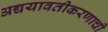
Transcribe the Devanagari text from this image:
अद्ययावतीकरणाची